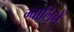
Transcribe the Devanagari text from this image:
ग्वालिनें